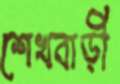
শেখবাড়ী